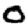
Digit: 0